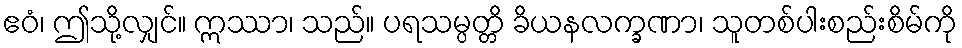
ဧဝံ၊ ဤသို့လျှင်။ ဣဿာ၊ သည်။ ပရသမ္ပတ္တိ ခိယနလက္ခဏာ၊ သူတစ်ပါးစည်းစိမ်ကို